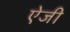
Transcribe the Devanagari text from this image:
ऐजी